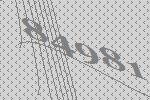
84981